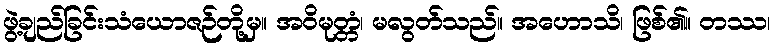
ဖွဲ့ချည်ခြင်းသံယောဇဉ်တို့မှ။ အဝိမုတ္တံ၊ မလွတ်သည်။ အဟောသိ၊ ဖြစ်၏။ တဿ၊